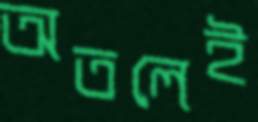
অতলেই